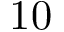
1 0